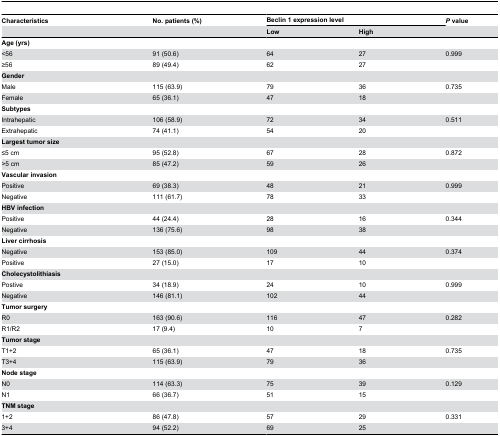
<table><thead><tr><td><b>Characteristics</b></td><td><b>No. patients (%)</b></td><td colspan="2"><b>Beclin 1 expression level</b></td><td><b><i>P</i> value</b></td></tr><tr><td></td><td></td><td><b>Low</b></td><td><b>High</b></td><td></td></tr></thead><tbody><tr><td><b>Age (yrs)</b></td><td></td><td></td><td></td><td></td></tr><tr><td>&lt;56</td><td>91 (50.6)</td><td>64</td><td>27</td><td>0.999</td></tr><tr><td>≥56</td><td>89 (49.4)</td><td>62</td><td>27</td><td></td></tr><tr><td><b>Gender</b></td><td></td><td></td><td></td><td></td></tr><tr><td>Male</td><td>115 (63.9)</td><td>79</td><td>36</td><td>0.735</td></tr><tr><td>Female</td><td>65 (36.1)</td><td>47</td><td>18</td><td></td></tr><tr><td><b>Subtypes</b></td><td></td><td></td><td></td><td></td></tr><tr><td>Intrahepatic</td><td>106 (58.9)</td><td>72</td><td>34</td><td>0.511</td></tr><tr><td>Extrahepatic</td><td>74 (41.1)</td><td>54</td><td>20</td><td></td></tr><tr><td><b>Largest tumor size</b></td><td></td><td></td><td></td><td></td></tr><tr><td>≤5 cm</td><td>95 (52.8)</td><td>67</td><td>28</td><td>0.872</td></tr><tr><td>&gt;5 cm</td><td>85 (47.2)</td><td>59</td><td>26</td><td></td></tr><tr><td><b>Vascular invasion</b></td><td></td><td></td><td></td><td></td></tr><tr><td>Positive</td><td>69 (38.3)</td><td>48</td><td>21</td><td>0.999</td></tr><tr><td>Negative</td><td>111 (61.7)</td><td>78</td><td>33</td><td></td></tr><tr><td><b>HBV infection</b></td><td></td><td></td><td></td><td></td></tr><tr><td>Positive</td><td>44 (24.4)</td><td>28</td><td>16</td><td>0.344</td></tr><tr><td>Negative</td><td>136 (75.6)</td><td>98</td><td>38</td><td></td></tr><tr><td><b>Liver cirrhosis</b></td><td></td><td></td><td></td><td></td></tr><tr><td>Negative</td><td>153 (85.0)</td><td>109</td><td>44</td><td>0.374</td></tr><tr><td>Positive</td><td>27 (15.0)</td><td>17</td><td>10</td><td></td></tr><tr><td><b>Cholecystolithiasis</b></td><td></td><td></td><td></td><td></td></tr><tr><td>Postive</td><td>34 (18.9)</td><td>24</td><td>10</td><td>0.999</td></tr><tr><td>Negative</td><td>146 (81.1)</td><td>102</td><td>44</td><td></td></tr><tr><td><b>Tumor surgery</b></td><td></td><td></td><td></td><td></td></tr><tr><td>R0</td><td>163 (90.6)</td><td>116</td><td>47</td><td>0.282</td></tr><tr><td>R1/R2</td><td>17 (9.4)</td><td>10</td><td>7</td><td></td></tr><tr><td><b>Tumor stage</b></td><td></td><td></td><td></td><td></td></tr><tr><td>T1+2</td><td>65 (36.1)</td><td>47</td><td>18</td><td>0.735</td></tr><tr><td>T3+4</td><td>115 (63.9)</td><td>79</td><td>36</td><td></td></tr><tr><td><b>Node stage</b></td><td></td><td></td><td></td><td></td></tr><tr><td>N0</td><td>114 (63.3)</td><td>75</td><td>39</td><td>0.129</td></tr><tr><td>N1</td><td>66 (36.7)</td><td>51</td><td>15</td><td></td></tr><tr><td><b>TNM stage</b></td><td></td><td></td><td></td><td></td></tr><tr><td>1+2</td><td>86 (47.8)</td><td>57</td><td>29</td><td>0.331</td></tr><tr><td>3+4</td><td>94 (52.2)</td><td>69</td><td>25</td><td></td></tr></tbody></table>